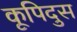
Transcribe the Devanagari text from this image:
कूपिदुस